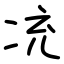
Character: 㓍